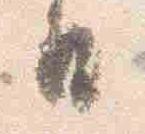
日